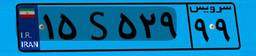
۱۵S۵۲۹۹۹